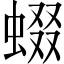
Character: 蝃